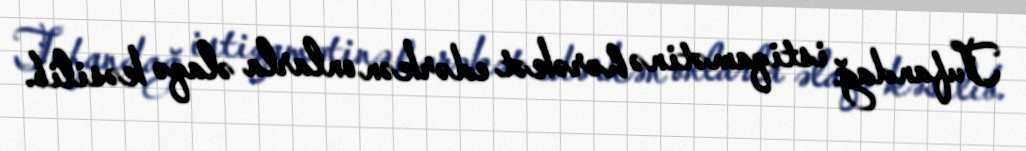
Tufandağ istiqamətinə hərəkət edərkən onlarla əlaqə kəsilib.